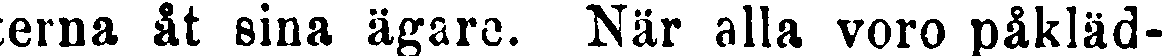
terna åt sina ägare. När alla voro påkläd-